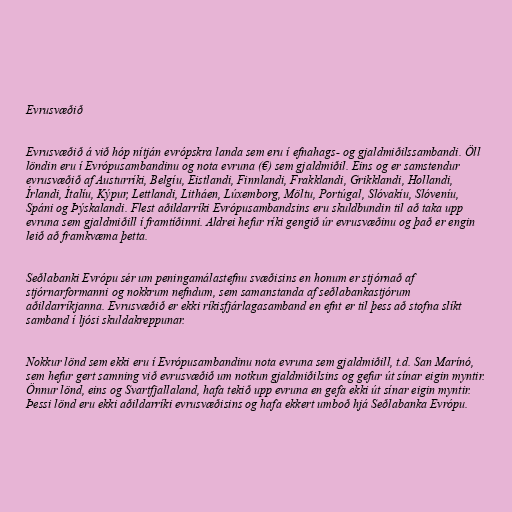
Evrusvæðið

Evrusvæðið á við hóp nítján evrópskra landa sem eru í efnahags- og gjaldmiðilssambandi. Öll
löndin eru í Evrópusambandinu og nota evruna (€) sem gjaldmiðil. Eins og er samstendur
evrusvæðið af Austurríki, Belgíu, Eistlandi, Finnlandi, Frakklandi, Grikklandi, Hollandi,
Írlandi, Ítalíu, Kýpur, Lettlandi, Litháen, Lúxemborg, Möltu, Portúgal, Slóvakíu, Slóveníu,
Spáni og Þýskalandi. Flest aðildarríki Evrópusambandsins eru skuldbundin til að taka upp
evruna sem gjaldmiðill í framtíðinni. Aldrei hefur ríki gengið úr evrusvæðinu og það er engin
leið að framkvæma þetta.

Seðlabanki Evrópu sér um peningamálastefnu svæðisins en honum er stjórnað af
stjórnarformanni og nokkrum nefndum, sem samanstanda af seðlabankastjórum
aðildarríkjanna. Evrusvæðið er ekki ríkisfjárlagasamband en efnt er til þess að stofna slíkt
samband í ljósi skuldakreppunar.

Nokkur lönd sem ekki eru í Evrópusambandinu nota evruna sem gjaldmiðill, t.d. San Marínó,
sem hefur gert samning við evrusvæðið um notkun gjaldmiðilsins og gefur út sínar eigin myntir.
Önnur lönd, eins og Svartfjallaland, hafa tekið upp evruna en gefa ekki út sínar eigin myntir.
Þessi lönd eru ekki aðildarríki evrusvæðisins og hafa ekkert umboð hjá Seðlabanka Evrópu.